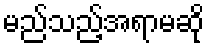
မည်သည့်အရာမဆို